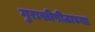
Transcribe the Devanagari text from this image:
गुराखीपीठाच्या